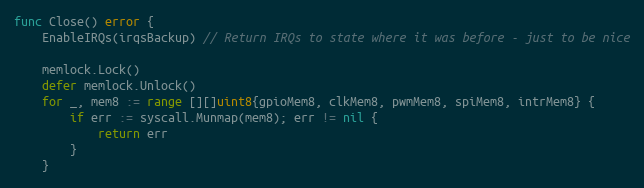
Language: Go
func Close() error {
	EnableIRQs(irqsBackup) // Return IRQs to state where it was before - just to be nice

	memlock.Lock()
	defer memlock.Unlock()
	for _, mem8 := range [][]uint8{gpioMem8, clkMem8, pwmMem8, spiMem8, intrMem8} {
		if err := syscall.Munmap(mem8); err != nil {
			return err
		}
	}